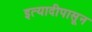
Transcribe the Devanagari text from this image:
इत्यादीपासून